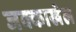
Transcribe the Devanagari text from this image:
जक्काखेल